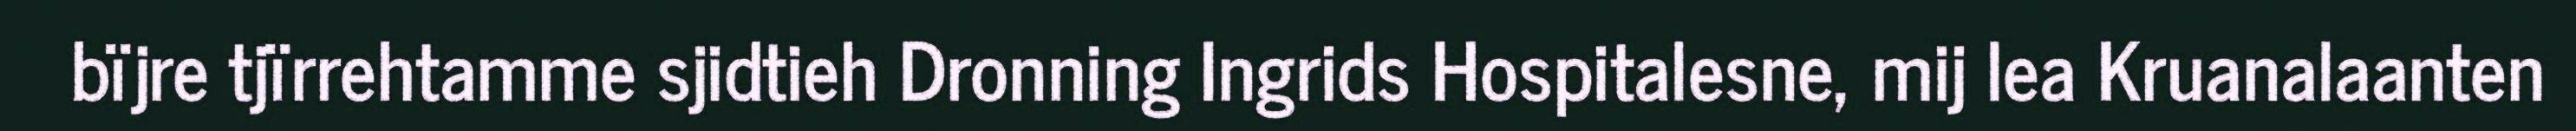
bïjre tjïrrehtamme sjidtieh Dronning Ingrids Hospitalesne, mij lea Kruanalaanten